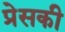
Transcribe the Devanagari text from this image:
प्रेसकी